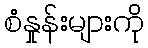
စံနှုန်းများကို